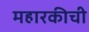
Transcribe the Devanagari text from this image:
महारकीची